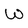
Character: W